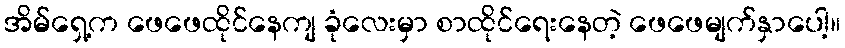
အိမ်ရှေ့က ဖေဖေထိုင်နေကျ ခုံလေးမှာ စာထိုင်ရေးနေတဲ့ ဖေဖေမျက်နှာပေါ့။